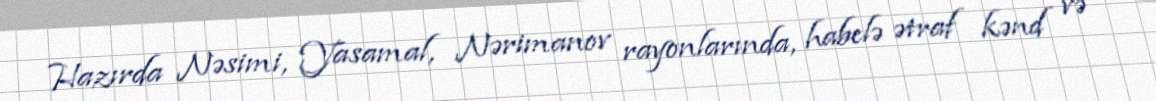
Hazırda Nəsimi, Yasamal, Nərimanov rayonlarında, habelə ətraf kənd və